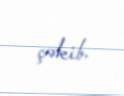
çəkib.